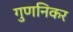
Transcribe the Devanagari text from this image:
गुणनिकर